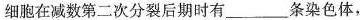
细胞在减数第二次分裂后期时有___条染色体，